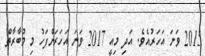
2015 ވަނަ އަހަރުއެވެ. އަދި މިއީ 2017 ވަނަ އަހަރަށްފަހު މި މުބާރާތް